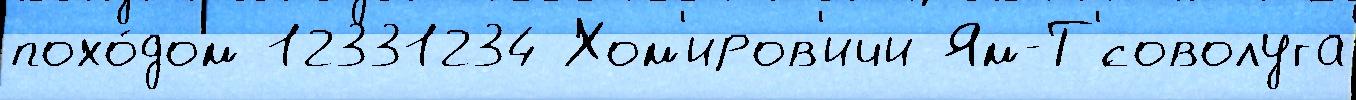
похо́дом 12331234 Хом'иров'ичи Ям-Т'́соволуга